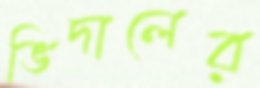
ভিদালের